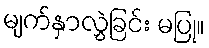
မျက်နှာလွှဲခြင်း မပြု။